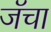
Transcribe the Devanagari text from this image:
जॅचा